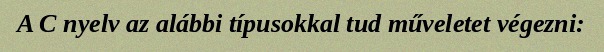
A C nyelv az alábbi típusokkal tud műveletet végezni: